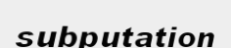
subputation